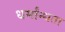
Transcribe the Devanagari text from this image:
धर्मांन्धता